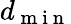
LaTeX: d_{\mathrm{~m~i~n~}}